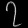
Digit: ၇